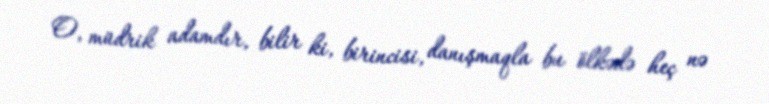
O, müdrik adamdır, bilir ki, birincisi, danışmaqla bu ölkədə heç nə